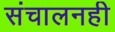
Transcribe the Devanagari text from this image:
संचालनही